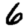
Digit: 6